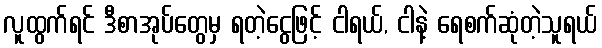
လူထွက်ရင် ဒီစာအုပ်တွေမှ ရတဲ့ငွေဖြင့် ငါရယ်, ငါနဲ့ ရေစက်ဆုံတဲ့သူရယ်